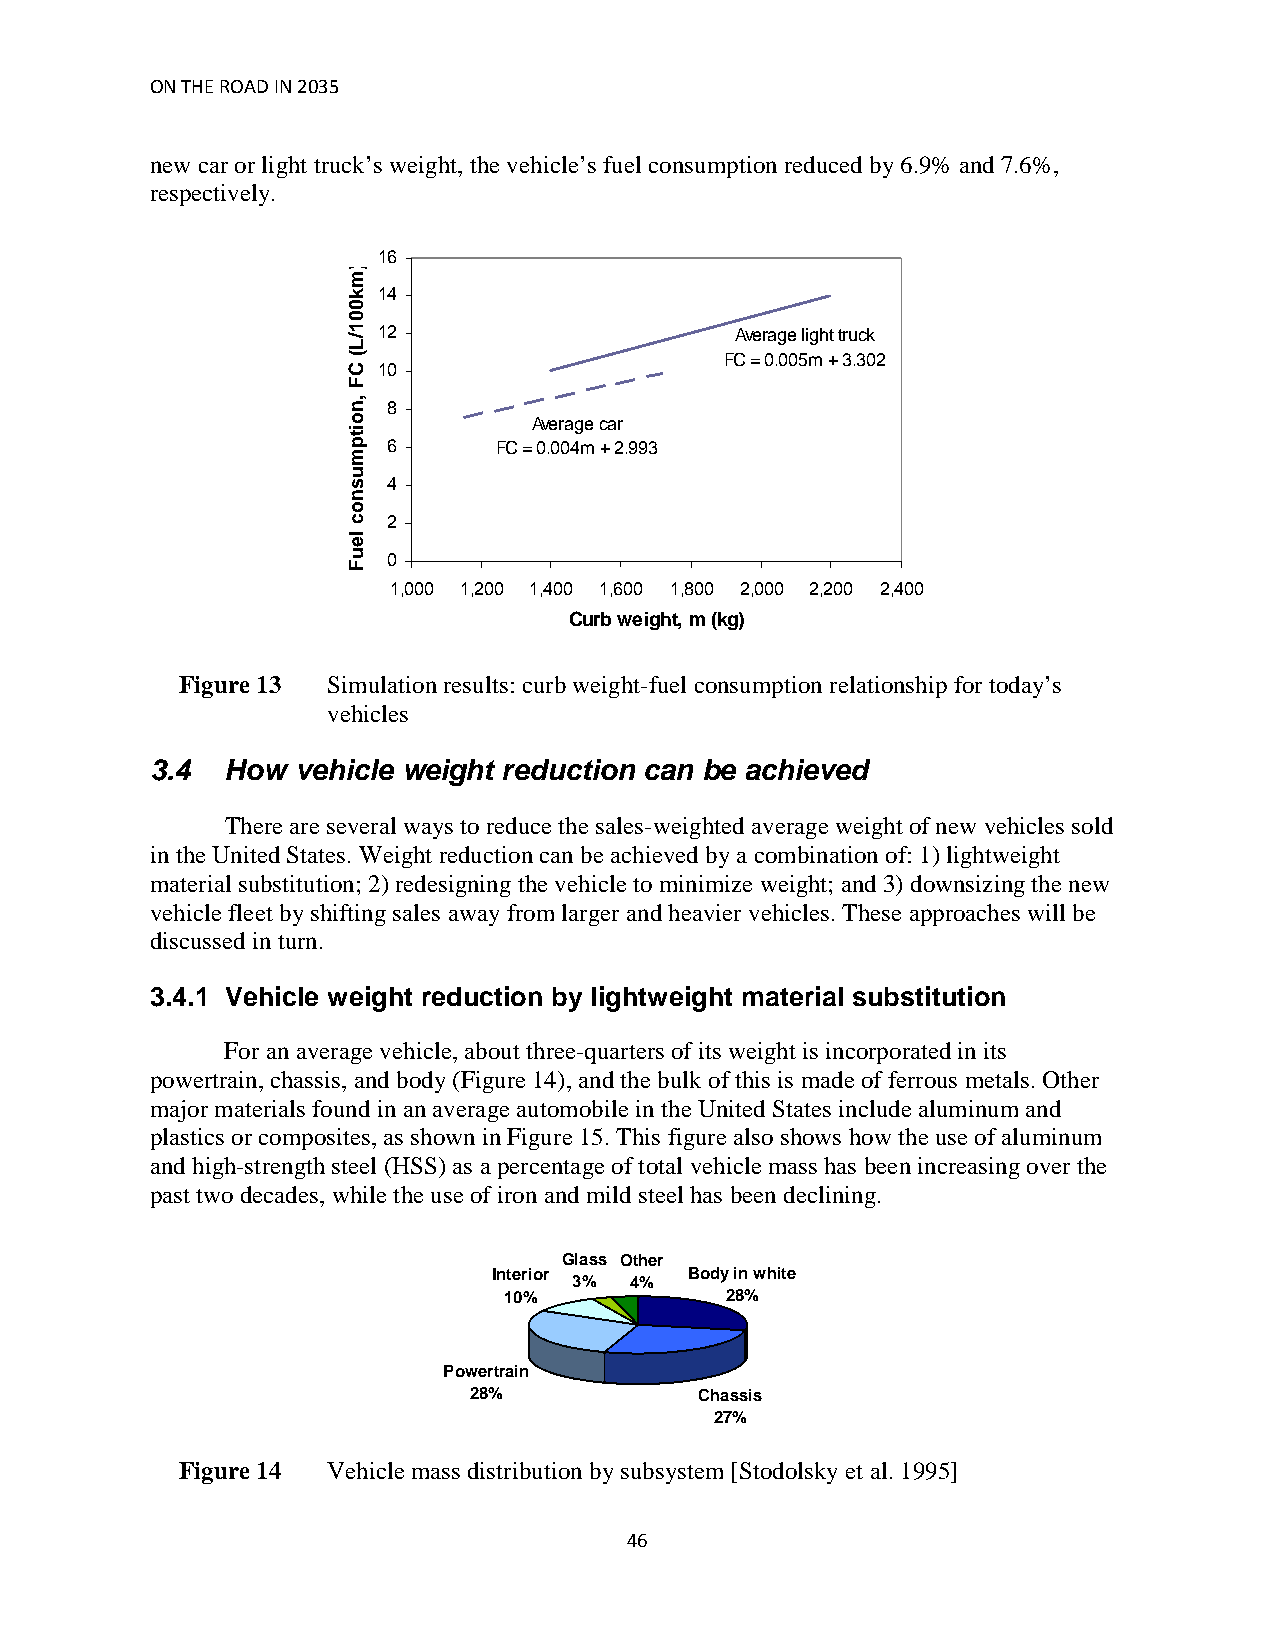
ON THE ROAD IN 2035
 new car or light truck’s weight, the vehicle’s fuel consumption reduced by 6.9% and 7.6%,
 respectively.
 16
 14
 12                      Average light truck
 FC = 0.005m + 3.302
 10
 8
 Average car
 6      FC = 0.004m + 2.993
 4
 2
 0
 1,000 1,200 1,400 1,600 1,800 2,000 2,200 2,400
 Curb weight, m (kg)
 Figure 13 Simulation results: curb weight-fuel consumption relationship for today’s
 vehicles
 3.4  How  vehicle weight reduction can be achieved
 There are several ways to reduce the sales-weighted average weight of new vehicles sold
 in the United States. Weight reduction can be achieved by a combination of: 1) lightweight
 material substitution; 2) redesigning the vehicle to minimize weight; and 3) downsizing the new
 vehicle fleet by shifting sales away from larger and heavier vehicles. These approaches will be
 discussed in turn.
 3.4.1 Vehicle weight reduction by lightweight material substitution
 For an average vehicle, about three-quarters of its weight is incorporated in its
 powertrain, chassis, and body (Figure 14), and the bulk of this is made of ferrous metals. Other
 major materials found in an average automobile in the United States include aluminum and
 plastics or composites, as shown in Figure 15. This figure also shows how the use of aluminum
 and high-strength steel (HSS) as a percentage of total vehicle mass has been increasing over the
 past two decades, while the use of iron and mild steel has been declining.
 Glass Other
 Interior 3% 4% Body in white
 10%            28%
 Powertrain
 28%            Chassis
 27%
 Figure 14 Vehicle mass distribution by subsystem [Stodolsky et al. 1995]
 46
 )_mk001/L(
 CF
 ,noitpmusnoc
 leuF